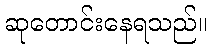
ဆုတောင်းနေရသည်။